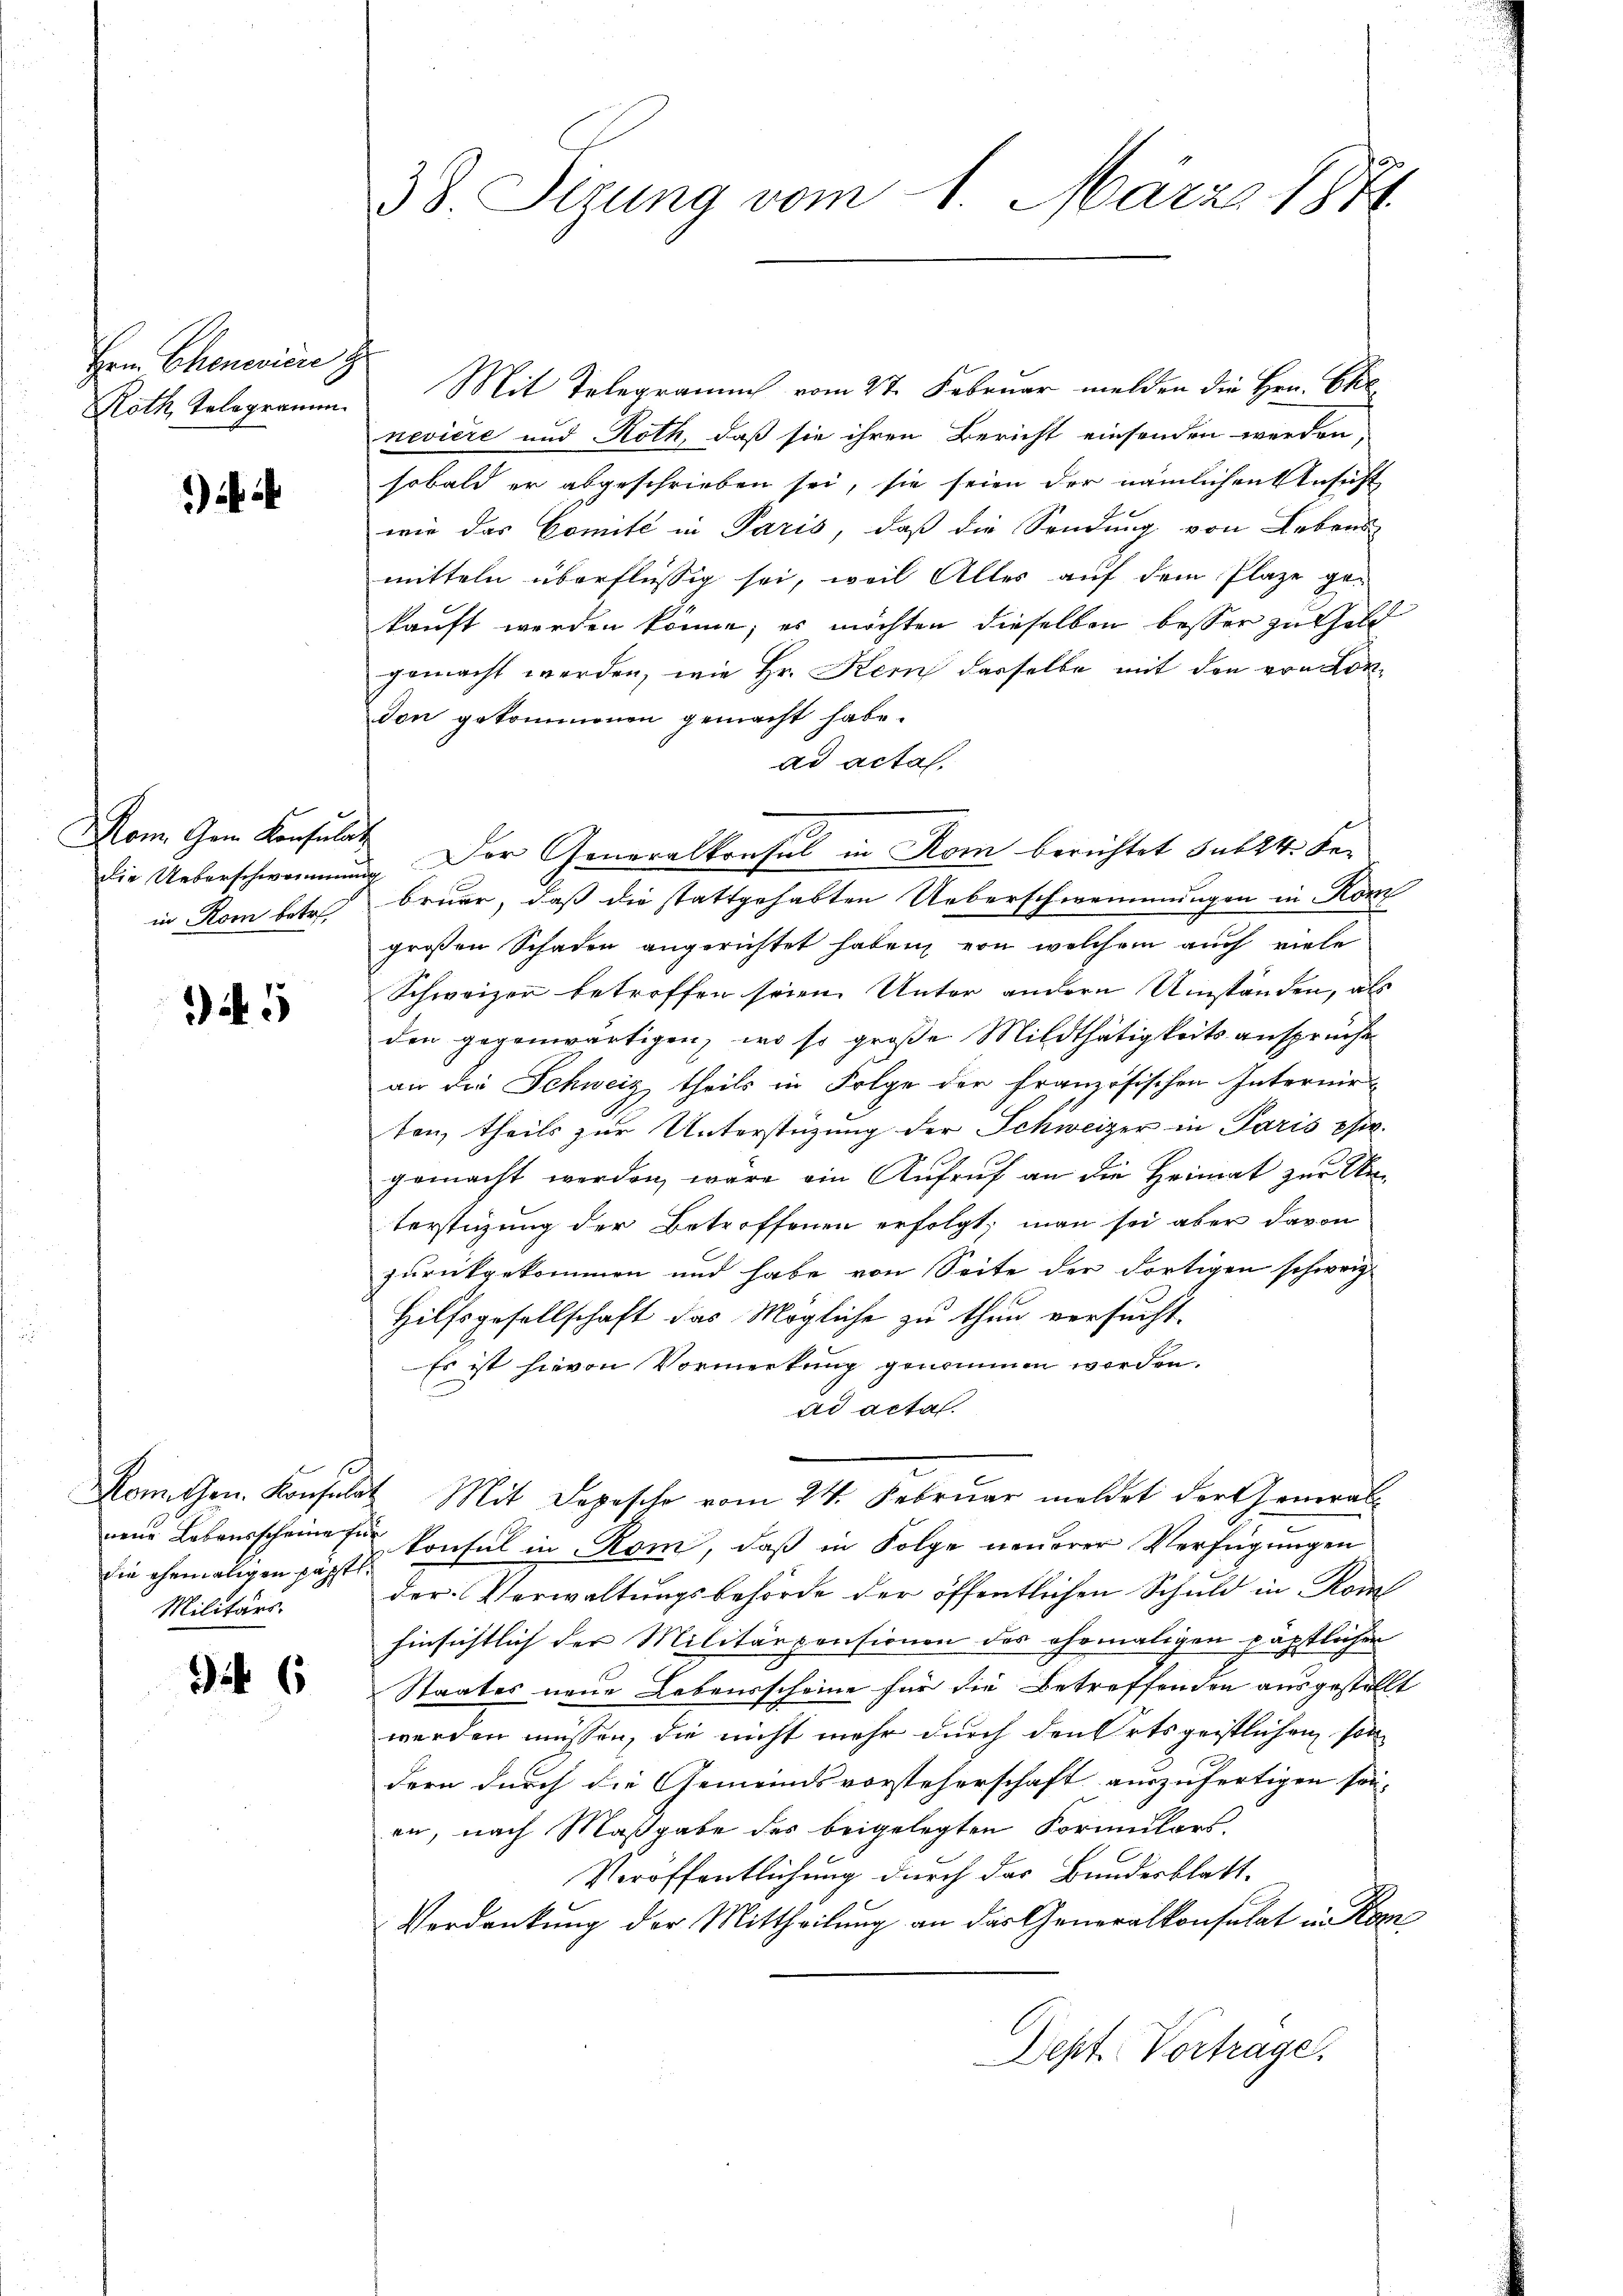
Hern Chenciere z
Roth Telegramm.

Non Gem. Konsulat
die Ueberschwommen
in Rom betre

34. 5

Aemten. Konsulat
neue Lebensscheine fü
die ehemaligen päpstl.
Militärs.

3 6

38. Sizung vom 1. März 1874.

Mit Telegramm vom 2t. Februar melden die Hrn. Ehe
nevière und Roth, daß sie ihren Bericht einsenden werden,
sobald er abgeschrieben sei, sie seien der nämlichen Ansicht
wie das Comité in Paris, daß die Sendung von Lebens
mitteln überflüssig sei, weil Alles auf dem Plaze gekauft werden könne; es möchten dieselben besser zu halt
gemacht werden, wie Hr. Kein derselbe mit den von London gekommenen gemacht habe.
ad acta,
Der Generalkonsul in Rom berichtet sub 14. Fer
bruar, daß die stattgehabten Ueberschwemmungen in Konz
großen Schaden angerichtet haben, von welchem auch viele
Schweizer betroffen seien. Unter andern Umständen, als
den gegenwärtigen, wo so große Mildthätigkeitsansprüche
an die Schweiz theils in Folge der französischen Internirten, theils zur Unterstüzung der Schweizer in Paris es
gemacht werden, wäre ein Aufruf an die Heimat zur Unterstigung der Betroffenen erfolgt; man sei aber davon
zurückgekommen und habe von Seite der dortigen schweiz.
Hilfsgesellschaft das Mögliche zu thun versucht.
Es ist hievon Vormerkung genommen worden.
ad acta
Mit Depesche vom 24. Februar meldet der General-
konsul in Rom, daß in Folge neuerer Verfügungen
der Verwaltungsbehörde der öffentlichen Schuld in Konf
hinsichtlich der Militärpensionen des ehemaligen päpstlichen
Staates neue Lebensscheine für die Betreffenden ausgestellt
werden müssen, die nicht mehr durch den Ortsgeistlichen sol
dern durch die Gemeindsvorsteherschaft auszufertigen son-
en, nach Maßgabe des beigelegten Formulars,
Veröffentlichung durch das Bundesblatt¬
Verdankung der Mittheilung an das Generalkonsulat in Kom¬
Dept Vortrage.